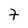
Character: 7